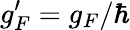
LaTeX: g_{F}^{\prime}=g_{F}/\hbar